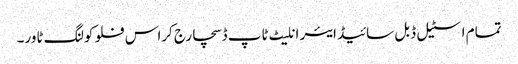
تمام اسٹیل ڈبل سائیڈ ایئر انلیٹ ٹاپ ڈسچارج کراس فلو کولنگ ٹاور۔